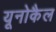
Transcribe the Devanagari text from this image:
यूनोकैल